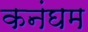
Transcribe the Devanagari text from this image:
कनंघम